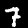
Label: 7